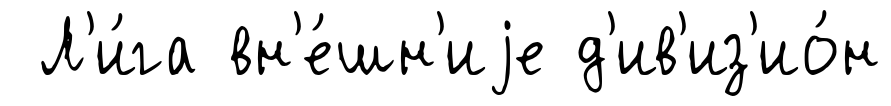
Л'и́га вн'е́шн'иjе д'ив'из'ио́н